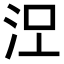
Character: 𣳄